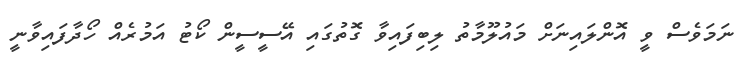
ނަމަވެސް ވީ އޮންލައިނަށް މައުލޫމާތު ލިބިފައިވާ ގޮތުގައި އޭސީސީން ކޯޓު އަމުރެއް ހޯދާފައިވާނީ